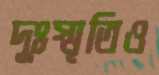
দুঃস্মৃতিও